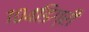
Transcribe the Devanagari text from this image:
१०४डिग्री